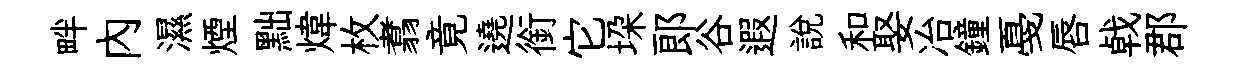
畔内濕煙黜煒枚翥竟遶銜它垜郎谷遐説和娶冶鐘戞唇㦸郡